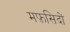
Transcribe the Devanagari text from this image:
मफ़सिदों